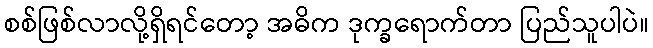
စစ်ဖြစ်လာလို့ရှိရင်တော့ အဓိက ဒုက္ခရောက်တာ ပြည်သူပါပဲ။